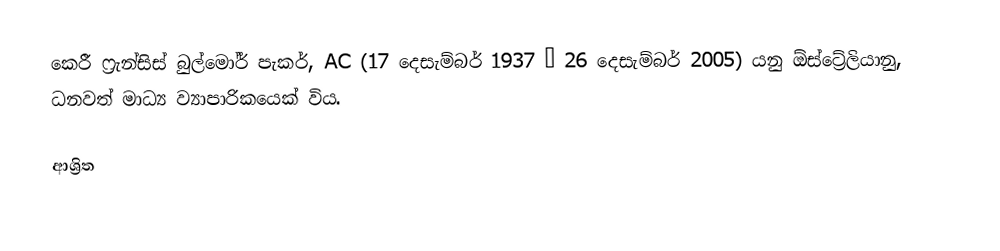
කෙරී ෆ්‍රැන්සිස් බුල්මෝර් පැකර්, AC (17 දෙසැම්බර් 1937 – 26 දෙසැම්බර් 2005) යනු ඕස්ට්‍රේලියානු,  ධනවත් මාධ්‍ය ව්‍යාපාරිකයෙක් විය.

ආශ්‍රිත